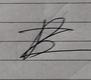
Signature authenticity: forged